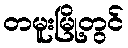
တမူးမြို့တွင်